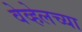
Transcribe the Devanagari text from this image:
वेव्हेलच्या